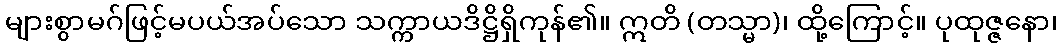
များစွာမဂ်ဖြင့်မပယ်အပ်သော သက္ကာယဒိဋ္ဌိရှိကုန်၏။ ဣတိ (တသ္မာ)၊ ထို့ကြောင့်။ ပုထုဇ္ဇနော၊